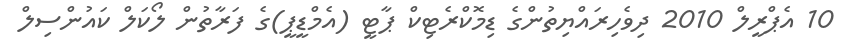
10 އެޕްރީލް 2010 ދިވެހިރައްޔިތުންގެ ޑިމޮކްރެޓިކް ޕާޓީ (އެމްޑީޕީ)ގެ ފަރާތުން ލޯކަލް ކައުންސިލް